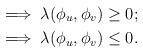
LaTeX: \begin{align*} & \implies \lambda(\phi_u,\phi_v) \geq 0; \\ & \implies \lambda(\phi_u,\phi_v) \leq 0.\end{align*}